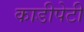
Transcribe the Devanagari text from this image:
काडीपेटी